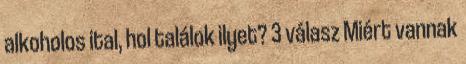
alkoholos ital, hol találok ilyet? 3 válasz Miért vannak